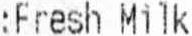
:FRESH MILK